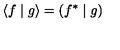
\left\langle f \mid g \right\rangle = \left( f ^ { * } \mid g \right)